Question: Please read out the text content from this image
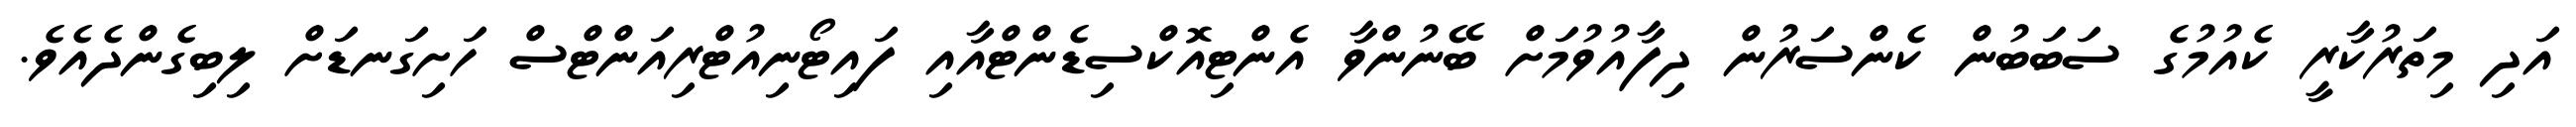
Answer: އަދި މިތަރުކާރީ ކެއުމުގެ ސަބަބުން ކެންސަރުން ދިފާއުވުމަށް ބޭނުންވާ އެންޓިއޮކްސިޑެންޓްއާއި ފައިޓޯނިއުޓްރިއަންޓްސް ހަށިގަނޑަށް ލިބިގެންދެއެވެ.